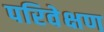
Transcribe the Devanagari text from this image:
परिवेक्षण